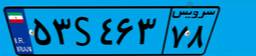
۵۳S۴۶۳۷۸